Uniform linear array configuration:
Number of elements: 24
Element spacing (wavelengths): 1
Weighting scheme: cosine
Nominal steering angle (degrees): -15
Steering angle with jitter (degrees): -16.07
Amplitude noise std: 0.05
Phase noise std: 0.05

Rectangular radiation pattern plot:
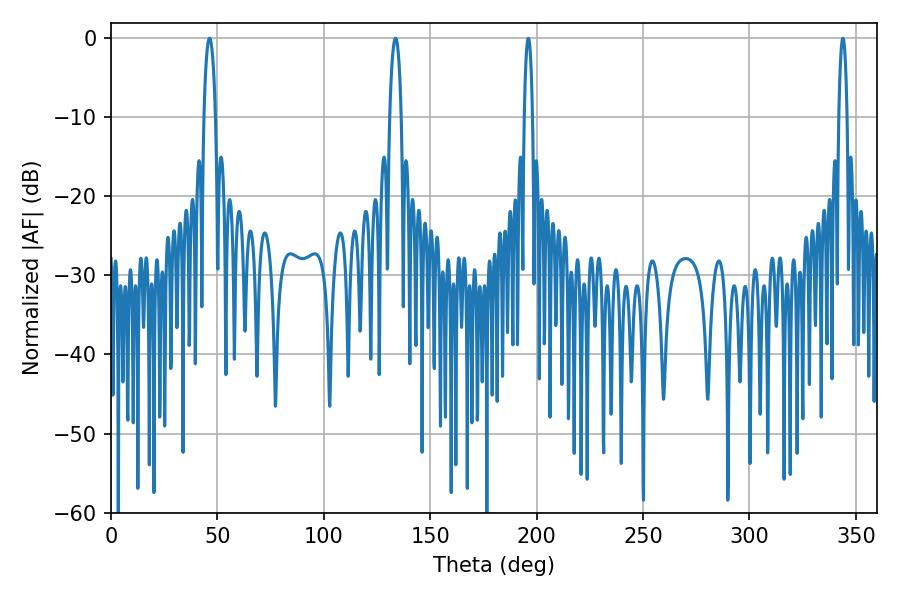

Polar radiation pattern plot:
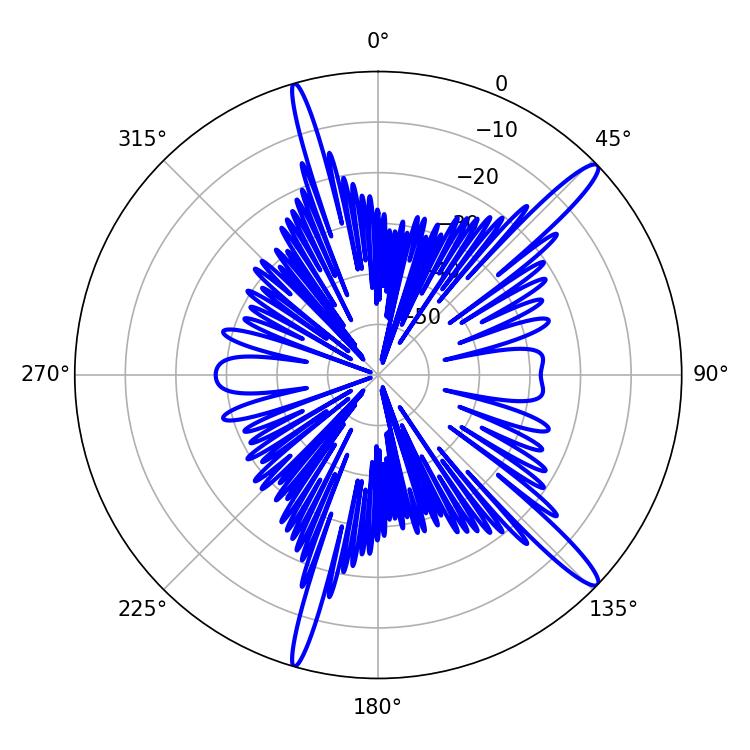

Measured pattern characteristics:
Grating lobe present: TRUE
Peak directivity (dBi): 14.969
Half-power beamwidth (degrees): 3.06
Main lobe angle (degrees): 46.26